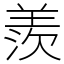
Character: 羨